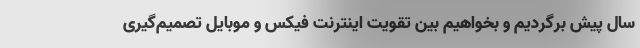
سال پیش برگردیم و بخواهیم بین تقویت اینترنت فیکس و موبایل تصمیم‌گیری